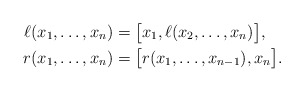
\begin{align*}\ell(x_1,\ldots,x_n) & = \big[x_1,\ell(x_2,\ldots,x_n)\big],\\r(x_1,\ldots,x_n) & = \big[r(x_1,\ldots,x_{n-1}),x_n\big].\end{align*}